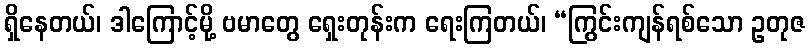
ရှိနေတယ်၊ ဒါကြောင့်မို့ ဗမာတွေ ရှေးတုန်းက ရေးကြတယ်၊ “ကြွင်းကျန်ရစ်သော ဥတုဇ